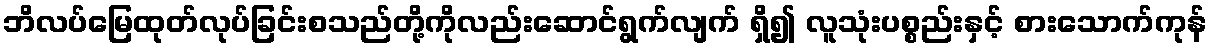
ဘိလပ်မြေထုတ်လုပ်ခြင်းစသည်တို့ကိုလည်းဆောင်ရွက်လျက် ရှိ၍ လူသုံးပစ္စည်းနှင့် စားသောက်ကုန်